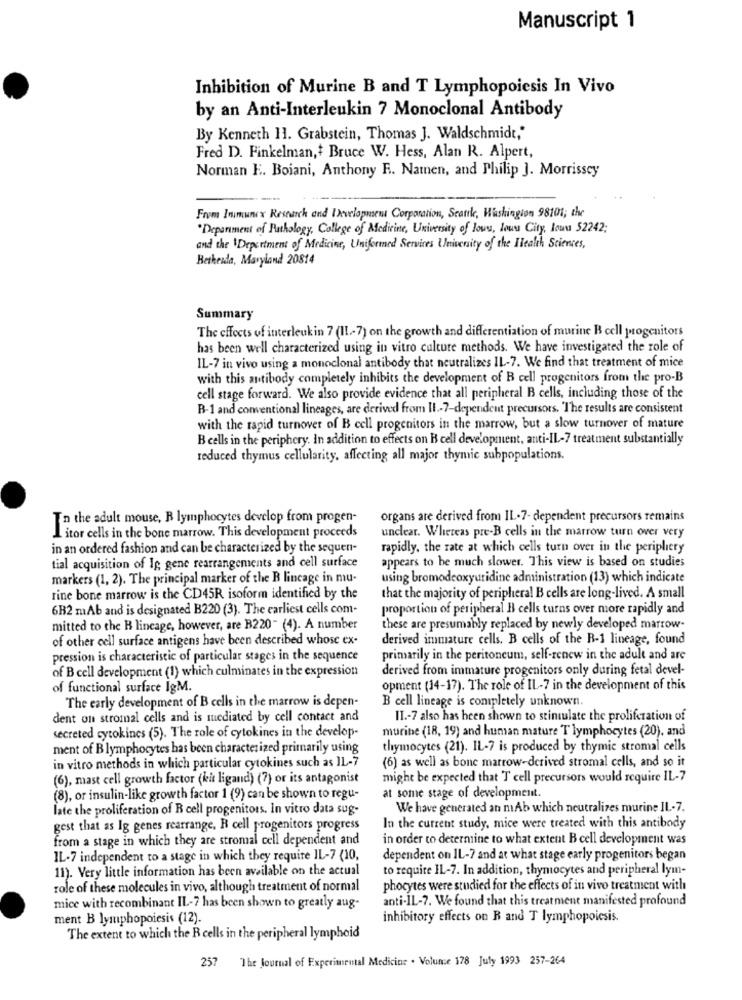
Manuscript 1
Inhibition of Murine B and T Lymphopoiesis In Vivo
by an Anti-Interleukin 7 Monoclonal Antibody
By Kenneth 11. Grabstein, Thomas J. Waldschmidt,"
Fred D. Finkelman,+ Bruce W. Hess, Alan R. Alpert,
Norman E. Boiani, Anthony R. Namen, and Philip J. Morrissey
From Inmunex Research and Development Corporation, Seattle, Washington 98101; the
Department of Pathology, College of Medicine, University of low, low City, lown 52242;
and the \Department of Medicine, Uniformed Services University of the Health Sciences,
Bethesda, Maryland 20814
Summary
The effects of interleukin 7 (II .- 7) on the growth and differentiation of murine B cell progenitors
has been well characterized using in vitro culture methods. We have investigated the role of
IL-7 in vivo using a monoclonal antibody that neutralizes IL-7. We find that treatment of mice
with this antibody completely inhibits the development of B cell progenitors from the pro-B
cell stage forward. We also provide evidence that all peripheral B cells, including those of the
B-1 and conventional lineages, are derived from II .- 7-dependent precursors. The results are consistent
with the rapid turnover of B cell progenitors in the marrow, but a slow turnover of mature
B cells in the periphery. In addition to effects on B cell development, anti-IL-7 treatment substantially
reduced thymus cellularity, affecting all major thymic subpopulations.
To the adult mouse, B lymphocytes develop from progen-
organs are derived from IL-7- dependent precursors remains
unclear. Whereas pre-B cells in the marrow turn over very
Litor cells in the bone marrow. This development proceeds
in an ordered fashion and can be characterized by the sequen-
rapidly, the rate at which cells turn over in the periphery
tial acquisition of Ig gene rearrangements and cell surface
appears to be much slower. This view is based on studies
markers (1, 2). The principal marker of the B lineage in mu-
using bromodeoxyuridine administration (13) which indicate
rine bone marrow is the CD45R isoform identified by the
that the majority of peripheral B cells are long-lived. A small
6B2 mAb and is designated B220 (3). The earliest cells com-
proportion of peripheral B cells turns over more rapidly and
mitted to the H lineage, however, are B220" (4). A number
these are presumably replaced by newly developed marrow-
of other cell surface antigens have been described whose ex-
derived immature cells. B cells of the R-1 lineage, found
pression is characteristic of particular stages in the sequence
primarily in the peritoneum, self-renew in the adult and are
of B cell development (1) which culminates in the expression
derived from immature progenitors only during fetal devel-
of functional surface IgM.
opment (14-17). The role of IL-7 in the development of this
The early development of B cells in the marrow is depen-
B cell lineage is completely unknown.
dent on stromal cells and is mediated by cell contact and
II .- 7 also has been shown to stimulate the proliferation of
secreted cytokines (5). The role of cytokines in the develop-
murine (18, 19) and human mature T lymphocytes (20), and
ment of B lymphocytes has been characterized primarily using
thymocytes (21). IL-7 is produced by thymic stromal cells
(6) as well as bone marrow-derived stromal cells, and so it
in vitro methods in which particular cytokines such as IL-7
(6), mast cell growth factor (kit ligand) (7) or its antagonist
might be expected that T cell precursors would require IL-7
(8), or insulin-like growth factor 1 (9) can be shown to regu-
at some stage of development.
late the proliferation of B cell progenitors. In vitro data sug-
We have generated an mAb which neutralizes murine IL .- 7.
gest that as Ig genes rearrange, R cell progenitors progress
In the current study, mice were treated with this antibody
from a stage in which they are stromal cell dependent and
in order to determine to what extent B cell development was
IL-7 independent to a stage in which they require IL-7 (10,
dependent on IL-7 and at what stage early progenitors began
11). Very little information has been available on the actual
to require IL-7. In addition, thymocytes and peripheral lym-
role of these molecules in vivo, although treatment of normal
phocytes were studied for the effects of in vivo treatment with
anti-IL-7. We found that this treatment manifested profound
mice with recombinant IL-7 has been shown to greatly aug-
ment B lymphopoiesis (12).
inhibitory effects on R and T lymphopoiesis.
The extent to which the B cells in the peripheral lymphoid
257
The Journal of Experimental Medicine . Volunce 178 July 1993 257-264